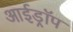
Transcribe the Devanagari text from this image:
आईड्रॉप